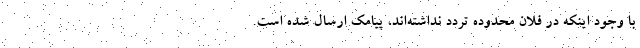
با وجود اینکه در فلان محدوده تردد نداشته‌اند، پیامک ارسال شده است.